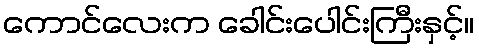
ကောင်လေးက ခေါင်းပေါင်းကြီးနှင့်။